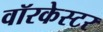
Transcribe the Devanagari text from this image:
वॉरकेस्टर